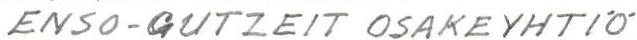
ENSO-GUTZEIT OSAKEYHTIÖ